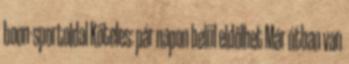
boon-sportoldal Köteles: pár napon belül eldőlhet Már útban van